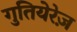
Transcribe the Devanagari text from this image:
गुतियेरेज़